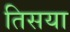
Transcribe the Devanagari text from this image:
तिसया